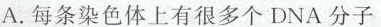
A.每条染色体上有很多个DNA分子